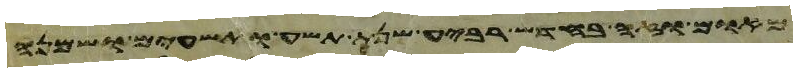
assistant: וימת ויחי נחור תשע ושבעים שנה